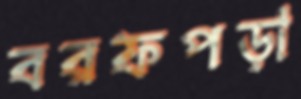
বরফপড়া